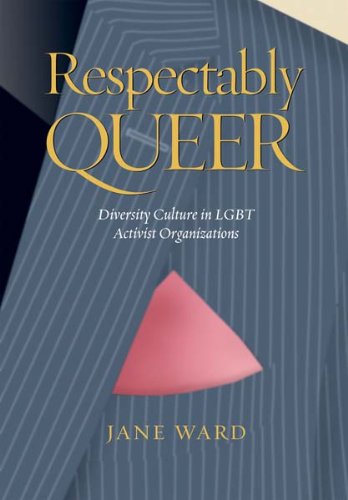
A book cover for Respectably Queer: Diversity Culture in LGBT Activist Organizations; Jane Ward; Gay & Lesbian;